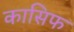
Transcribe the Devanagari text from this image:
कासिफ